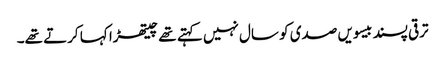
ترقی پسند بیسویں صدی کو سال نہیں کہتے تھے چیتھڑا کہا کرتے تھے۔